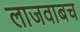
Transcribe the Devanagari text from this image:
लाजवाबच